Civil Veterinary Dept. Bombay admin report 1932-41 - 1932-1941
Year: 1932
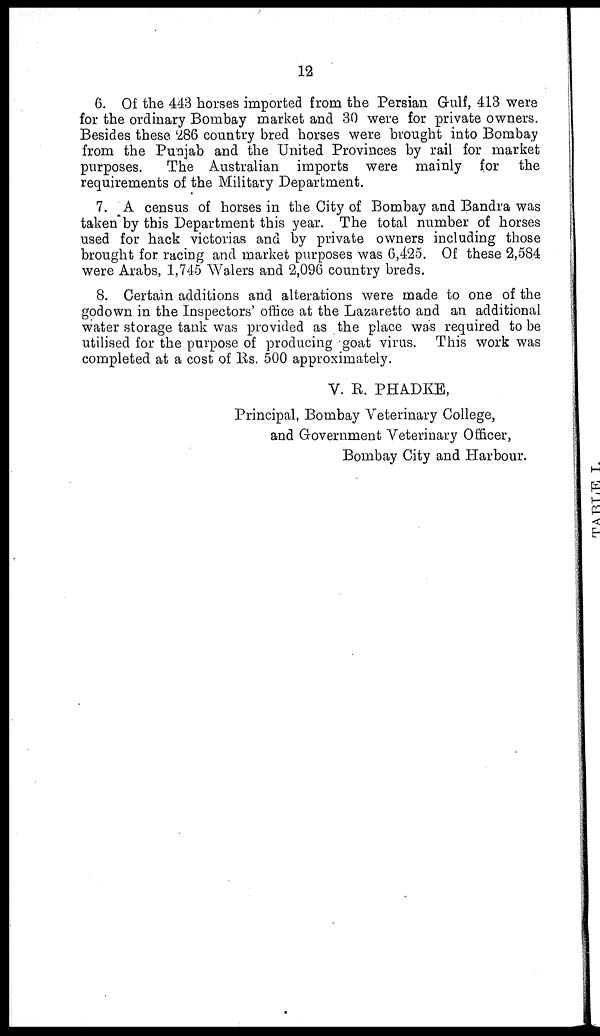
12
6. Of the 443 horses imported from the Persian Gulf, 413 were
for the ordinary Bombay market and 30 were for private owners.
Besides these 286 country bred horses were brought into Bombay
from the Punjab and the United Provinces by rail for market
purposes. The Australian imports were mainly for the
requirements of the Military Department.
7. A census of horses in the City of Bombay and Bandra was
taken by this Department this year. The total number of horses
used for hack victorias and by private owners including those
brought for racing and market purposes was 6,425. Of these 2,584
were Arabs, 1,745 Walers and 2,096 country breds.
8. Certain additions and alterations were made to one of the
godown in the Inspectors' office at the Lazaretto and an additional
water storage tank was provided as the place was required to be
utilised for the purpose of producing goat virus. This work was
completed at a cost of Rs. 500 approximately.
V. R. PHADKE,
Principal, Bombay Veterinary College,
and Government Veterinary Officer,
Bombay City and Harbour.